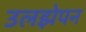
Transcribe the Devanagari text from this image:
उलझेपन